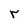
Character: r